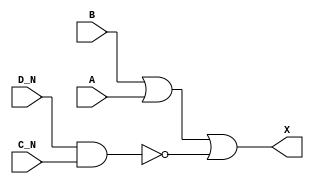
module sky130_fd_sc_ms__or4bb (
    X  ,
    A  ,
    B  ,
    C_N,
    D_N
);

    // Module ports
    output X  ;
    input  A  ;
    input  B  ;
    input  C_N;
    input  D_N;

    // Module supplies
    supply1 VPWR;
    supply0 VGND;
    supply1 VPB ;
    supply0 VNB ;

    // Local signals
    wire nand0_out;
    wire or0_out_X;

    //   Name   Output     Other arguments
    nand nand0 (nand0_out, D_N, C_N       );
    or   or0   (or0_out_X, B, A, nand0_out);
    buf  buf0  (X        , or0_out_X      );

endmodule